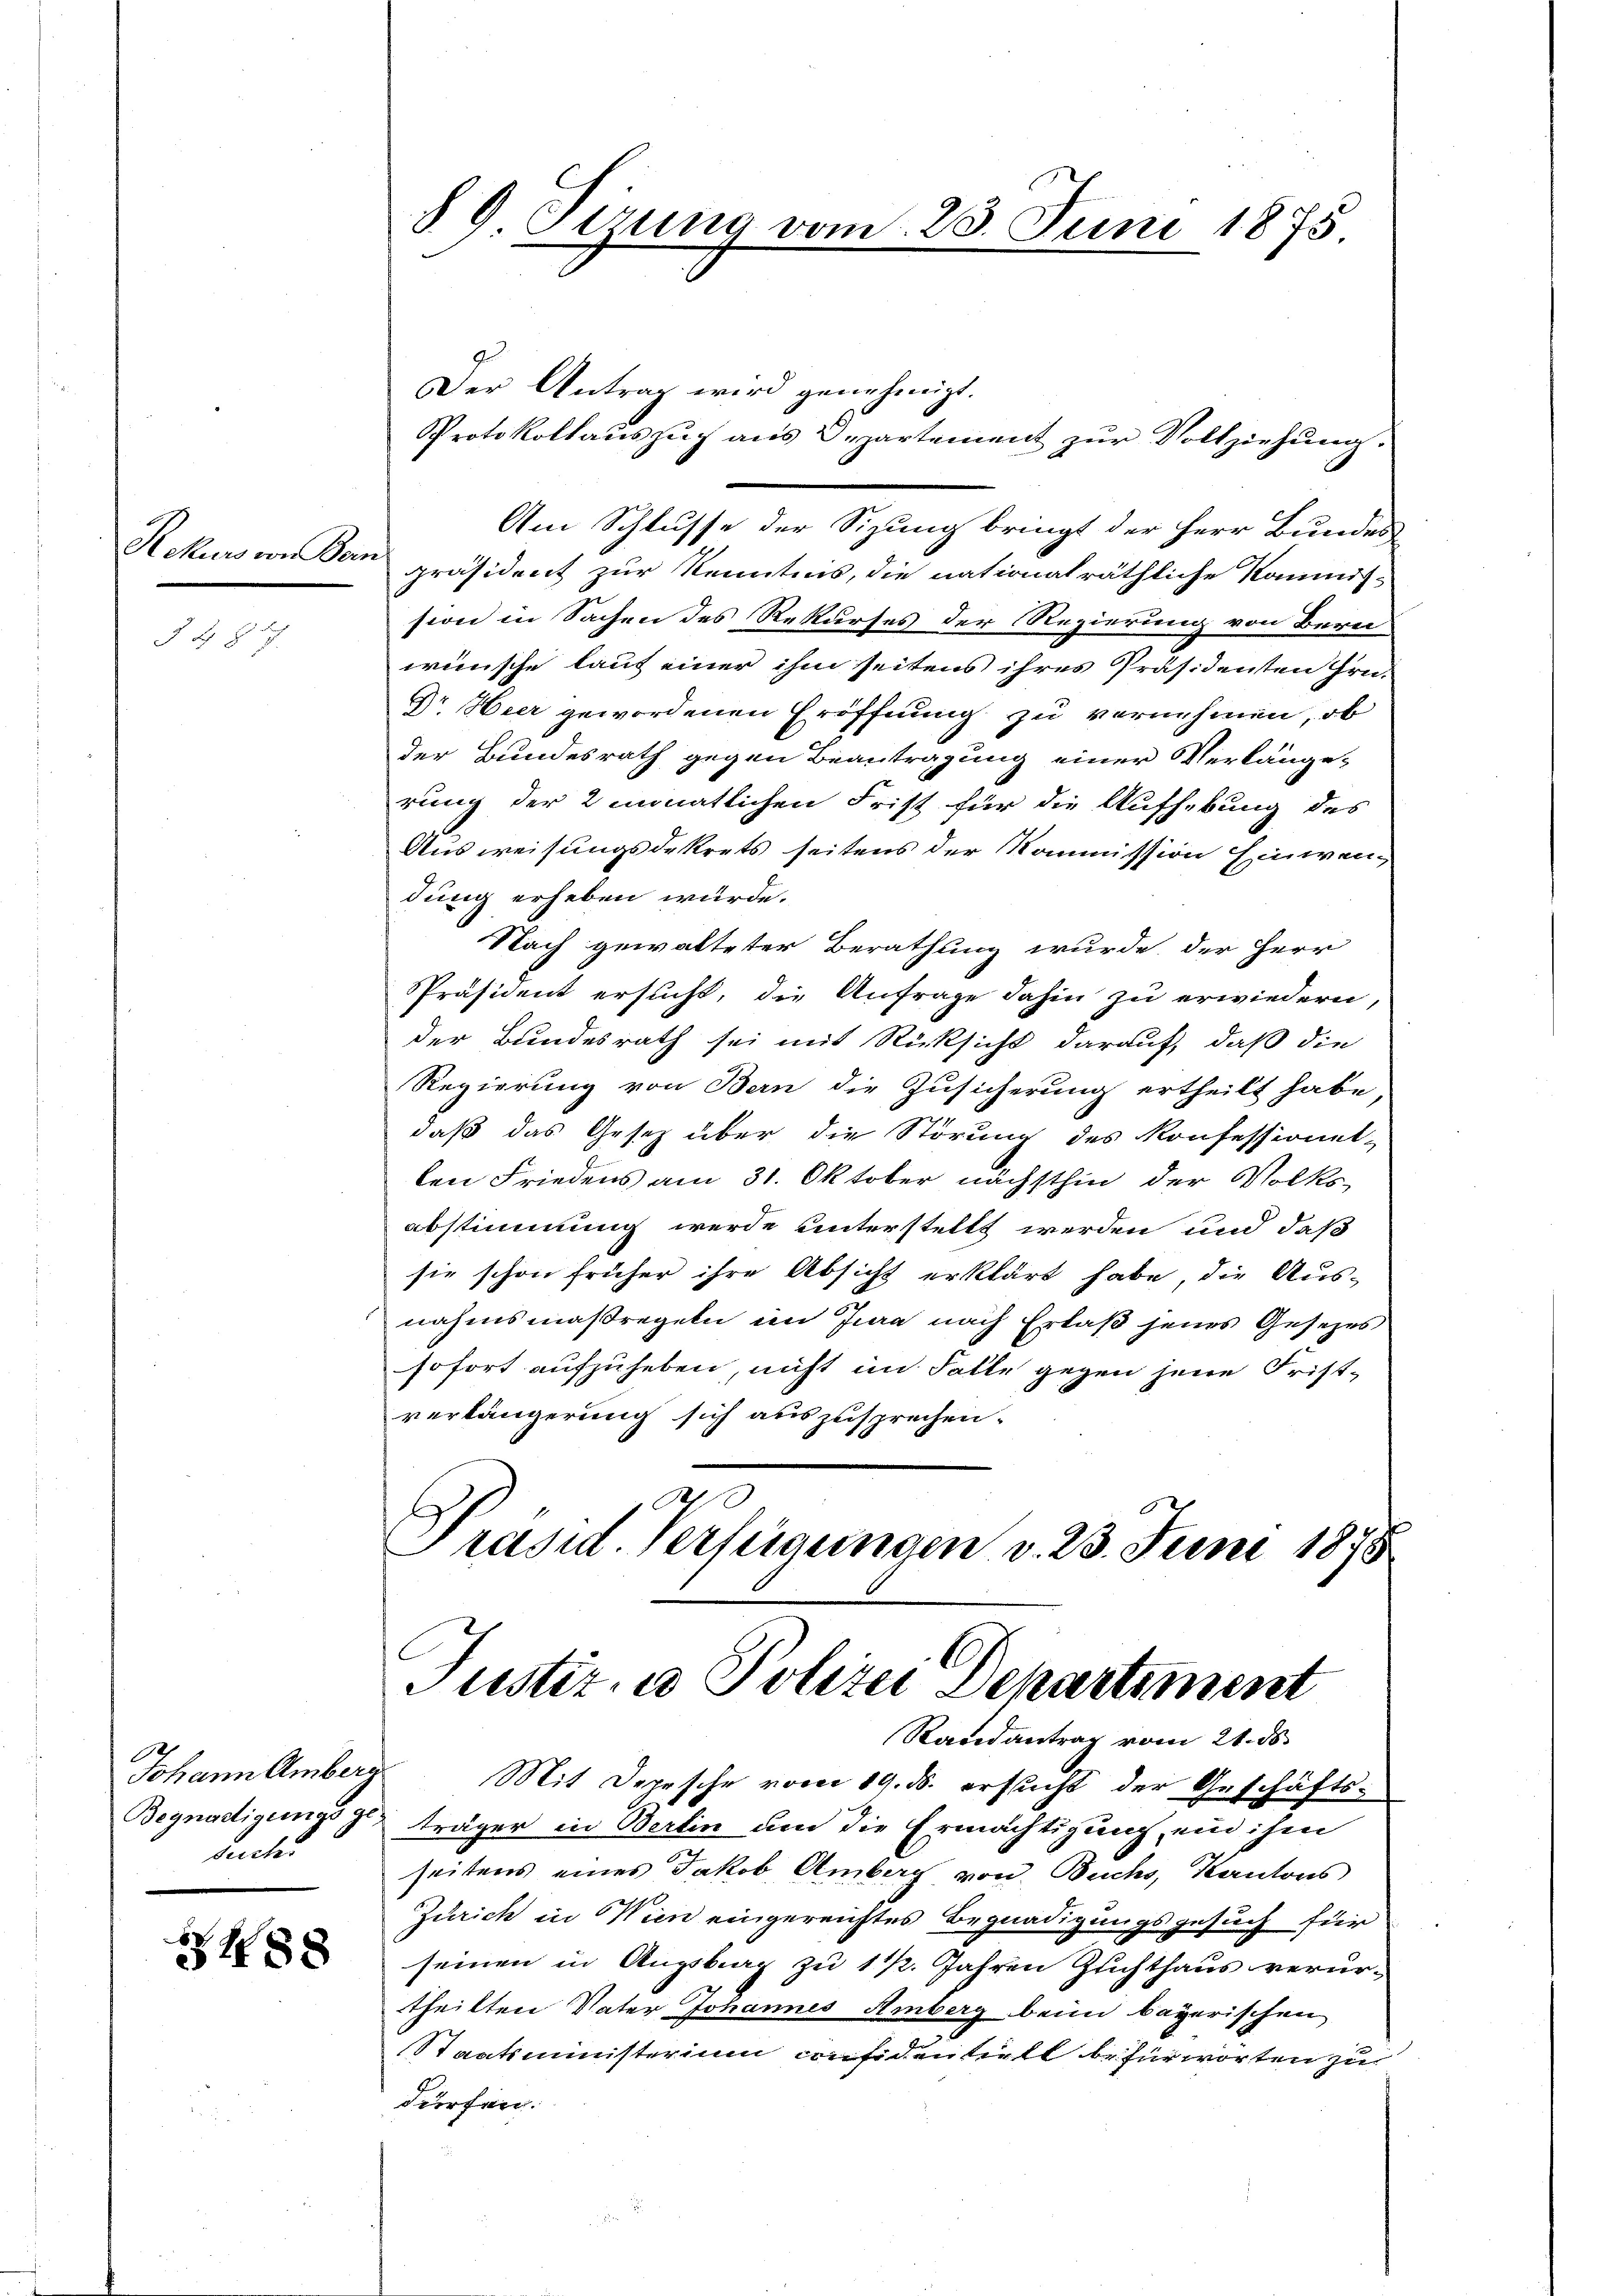
Rekurs von Bern

14 957

seich

1488

§ 9 Gerung vom 23. Juni 1875.

Der Antrag wird genehmigt.
Protokollauszug aus Departement zur Vollziehung
Am Schlusse der Sizung bringt der Herr Bundes
präsident zur Kenntnis, die nationalräthliche Kommis-
sion in Sachen des Rekurses der Regierung von Bern
wünsche lauf einer ihm seitens ihres Präsidenten Hrn.
Dr. Heer gewordenen Eröffnung zu vernehmen, ob
Der Bundesrath gegen Beantragung einer Verlange-
rung der 2 monatlichen Frist für die Aufhebung des
Ausweisungsdekrets seitens der Kommission hinwendung erheben würde.
Nach gewalteter Berathung wurde, der Herr
Präsident ersucht, die Anfrage dahin zu erwiedern,
der Bundesrath sei mit Rücksicht darauf, daß die
Regierung von Bern die Zusicherung ertheilt habe,
daß das Gesetz über die Störung des Konfessionet-
len Friedens am 31. Oktober nächsthin der Volks-
abstimmung werde unterstellt werden und daß
sie schon früher ihre Absicht erklärt habe, die Ausnahmsmaßregeln im Jena nach Erlaß jenes Gesezes
sofort aufzuheben, nicht im Falle gegen jene Frist-
verlängerung sich auszusprechen.
Präsid. Verfügungen d. 23. Juni 1878
Justiz, u. Polizei Departiment
Randantrag vom 21. ds
Johann Amberg Mit Depesche vom 19. ds. ersucht der Geschäfts-
Begnadigungs zu träger in Berlin um die Ermächtigung, ein ihm
seitens eines Jakob Ambach von Buchs, Kantons
Zürich in Wien eingereichtes Begnadigungsgesuch für
seinen in Augsbrag zu 1 ½. Jahren Zuchthaus verur-
theilten Vater Johannes Amberg beim bayerischen
Staatsministerium confidentielt befürworten zu
dürfen.